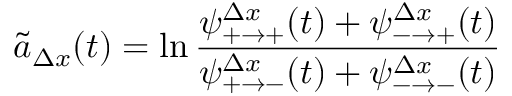
\tilde { a } _ { \Delta x } ( t ) = \ln \frac { \psi _ { + \to + } ^ { \Delta x } ( t ) + \psi _ { - \to + } ^ { \Delta x } ( t ) } { \psi _ { + \to - } ^ { \Delta x } ( t ) + \psi _ { - \to - } ^ { \Delta x } ( t ) }